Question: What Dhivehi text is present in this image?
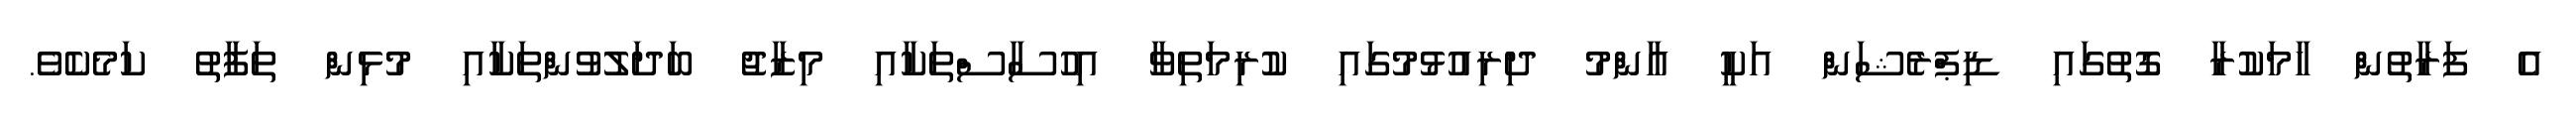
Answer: އެ ފަރާތުން ހާމަކުރާ ގޮތުގައި ޑިޕްރެޝަން އަކީ އާންމު ދިރިއުޅުމުގައި ކުރިމަތިވާ އިހުސާސްތަކާއި މިޒާޖު ބަދަލުވުންތަކާއި މުޅިން ތަފާތު ކަމެކެވެ.